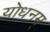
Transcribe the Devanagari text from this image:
योधनम्